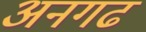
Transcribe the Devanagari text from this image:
अनगढ